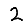
Digit: 2